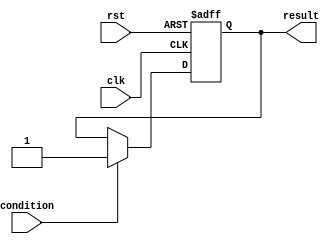
module basic_while_loop (
    input wire condition,
    input wire clk,
    input wire rst,
    output reg result
);

always @ (posedge clk or posedge rst) begin
    if (rst) begin
        result <= 0;
    end else begin
        if (condition) begin
            // Sequential block of statements
            result <= 1;
        end
    end
end

endmodule